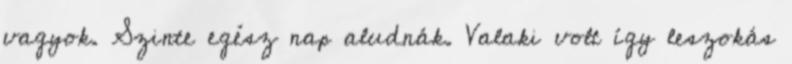
vagyok. Szinte egész nap aludnák. Valaki volt így leszokás